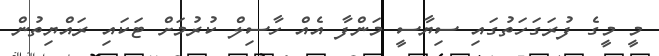
މީ މީގެ ފުރަގަހަތުގައި ސިޔާސީ މަންފާ އެއް ހާސިލް ކުރުމަށް ޓަކައި ރައްޔިތުން